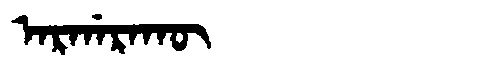
Manchu: ᠠᡵᡤᠠᡵᠠᡴᡡ
Romanization: ARGARAKŪ